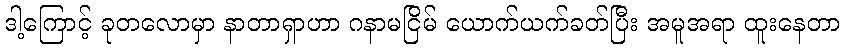
ဒါ့ကြောင့် ခုတလောမှာ နာတာရှာဟာ ဂနာမငြိမ် ယောက်ယက်ခတ်ပြီး အမူအရာ ထူးနေတာ